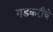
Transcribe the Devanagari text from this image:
गडकरीचे